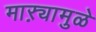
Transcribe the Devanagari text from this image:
माऱ्यामुळे